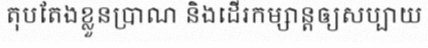
តុបតែងខ្លួនប្រាណ និងដើរកម្សាន្តឲ្យសប្បាយ